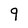
Character: 9